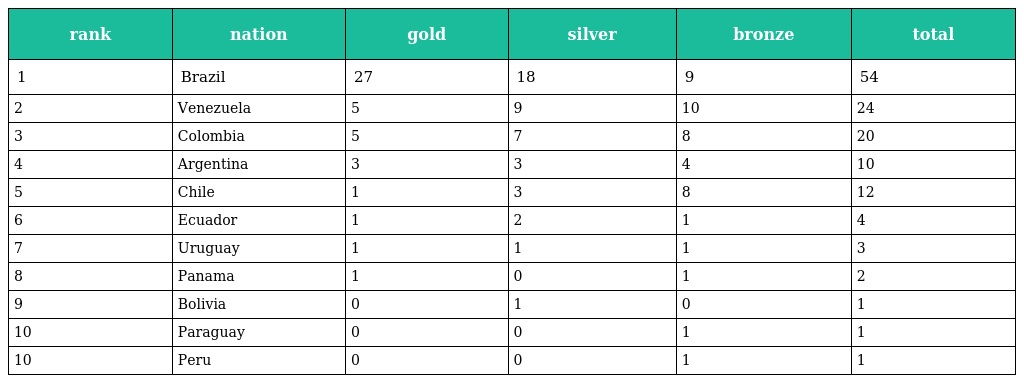
| rank | nation | gold | silver | bronze | total |
 | --- | --- | --- | --- | --- | --- |
 | 1 | Brazil | 27 | 18 | 9 | 54 |
 | 2 | Venezuela | 5 | 9 | 10 | 24 |
 | 3 | Colombia | 5 | 7 | 8 | 20 |
 | 4 | Argentina | 3 | 3 | 4 | 10 |
 | 5 | Chile | 1 | 3 | 8 | 12 |
 | 6 | Ecuador | 1 | 2 | 1 | 4 |
 | 7 | Uruguay | 1 | 1 | 1 | 3 |
 | 8 | Panama | 1 | 0 | 1 | 2 |
 | 9 | Bolivia | 0 | 1 | 0 | 1 |
 | 10 | Paraguay | 0 | 0 | 1 | 1 |
 | 10 | Peru | 0 | 0 | 1 | 1 |